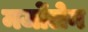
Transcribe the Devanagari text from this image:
मर्जोलेन